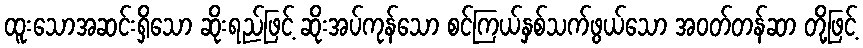
ထူးသောအဆင်းရှိသော ဆိုးရည်ဖြင့် ဆိုးအပ်ကုန်သော စင်ကြယ်နှစ်သက်ဖွယ်သော အဝတ်တန်ဆာ တို့ဖြင့်